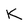
Character: K